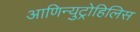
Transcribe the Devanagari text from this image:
आणिन्युट्रोहिलिस